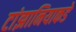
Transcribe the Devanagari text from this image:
टांझानियाकडे